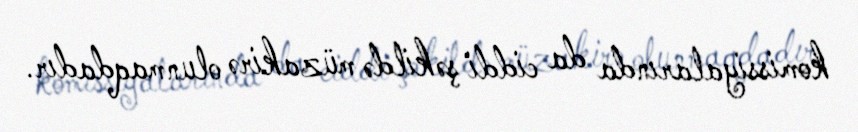
komissiyalarında da ciddi şəkildə müzakirə olunmaqdadır.